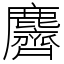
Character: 麡